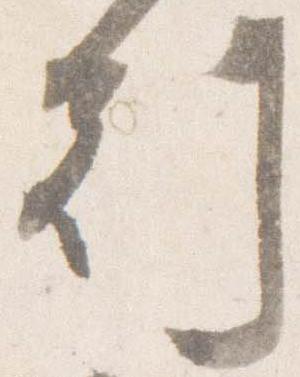
刻